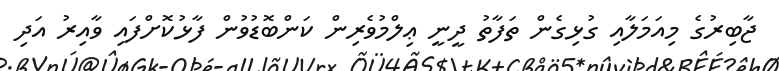
ޖާބިރުގެ މިއަމަލާއި ގުޅިގެން ތަފާތު ދީނީ ޢިލްމުވެރިން ކަންބޮޑުވުން ފާޅުކޮށްފައި ވާއިރު އަދި